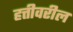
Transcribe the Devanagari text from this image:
हत्तीवरील